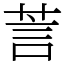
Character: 䓂